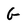
Character: G